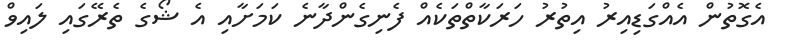
އެގޮތުން އެއްގަޑިއިރު އިތުރު ހަރަކާތްތަކެއް ފެނިގެންދާނެ ކަމަށާއި އެ ޝޯގެ ތެރޭގައި ލައިވް